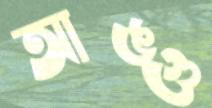
আঙ্গু